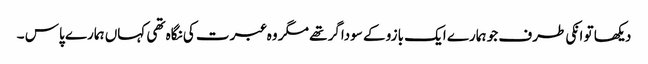
دیکھا تو انکی طرف جو ہمارے ایک بازو کے سوداگر تھے مگر وہ عبرت کی نگاہ تھی کہاں ہمارے پاس ۔